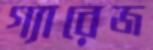
গ্যারেজ